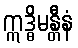
ဣဒ္ဓိမန္တီနံ